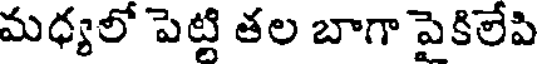
మధ్యలో పెట్టి తల బాగా పైకిలేపి